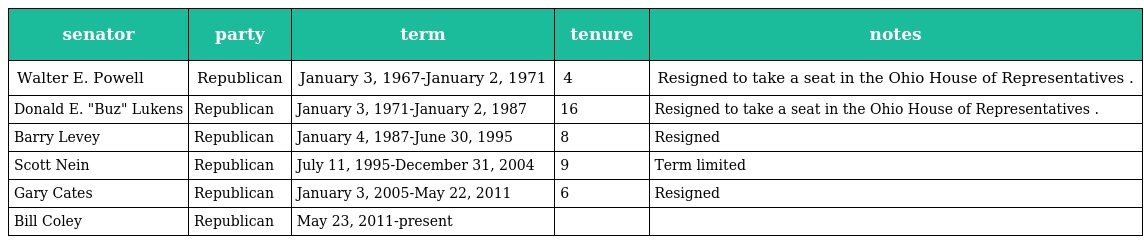
| senator | party | term | tenure | notes |
 | --- | --- | --- | --- | --- |
 | Walter E. Powell | Republican | January 3, 1967-January 2, 1971 | 4 | Resigned to take a seat in the Ohio House of Representatives . |
 | Donald E. "Buz" Lukens | Republican | January 3, 1971-January 2, 1987 | 16 | Resigned to take a seat in the Ohio House of Representatives . |
 | Barry Levey | Republican | January 4, 1987-June 30, 1995 | 8 | Resigned |
 | Scott Nein | Republican | July 11, 1995-December 31, 2004 | 9 | Term limited |
 | Gary Cates | Republican | January 3, 2005-May 22, 2011 | 6 | Resigned |
 | Bill Coley | Republican | May 23, 2011-present |  |  |